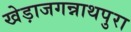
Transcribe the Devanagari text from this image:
खेड़ाजगन्नाथपुरा